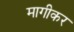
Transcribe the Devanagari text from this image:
मागीकर